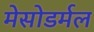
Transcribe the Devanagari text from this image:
मेसोडर्मल